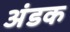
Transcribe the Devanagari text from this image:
अंडक